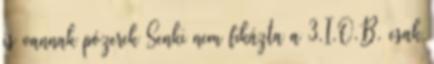
is vannak pózerek Senki nem fikázta a 3.I.O.B. csak